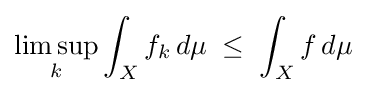
\limsup _{k}\int _{X}f_{k}\,d\mu \;\leq \;\int _{X}f\,d\mu